Vaccination in the Punjab 1905-1918 - 1905-1918
Year: 1905
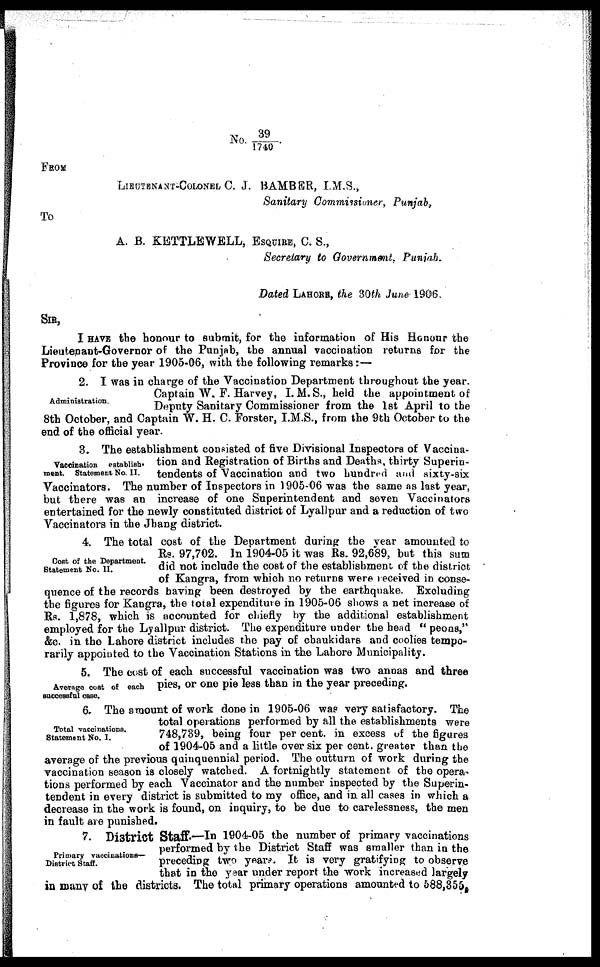
No. 39/1740.
FROM
LIEUTENANT-COLONEL C. J. BAMBER, I.M.S.,
Sanitary Commissioner, Punjab,
To
A. B. KETTLEWELL, ESQUIRE, C. S.,
Secretary to Government, Punjab.
Dated LAHORE, the 30th June 1906.
SIR,
I HAVE the honour to submit, for the information of His Honour the
Lieutenant-Governor of the Punjab, the annual vaccination returns for the
Province for the year 1905-06, with the following remarks:—
Administration.
2. I was in charge of the Vaccination Department throughout the year.
Captain W. F. Harvey, I. M. S., held the appointment of
Deputy Sanitary Commissioner from the 1st April to the
8th October, and Captain W. H. C. Forster, I.M.S., from the 9th October to the
end of the official year.
Vaccination
establish-
ment. Statement No. II.
3. The establishment consisted of five Divisional Inspectors of Vaccina-
tion and Registration of Births and Deaths, thirty Superin-
tendents of "Vaccination and two hundred and sixty-six
Vaccinators. The number of Inspectors in 1905-06 was the same as last year,
but there was an increase of one Superintendent and seven Vaccinators
entertained for the newly constituted district of Lyallpur and a reduction of two
Vaccinators in the Jhang district.
Cost of the Department.
Statement No. II.
4. The total cost of the Department during the year amounted to
Rs. 97,702. In 1904-05 it was Rs. 92,689, but this sum
did not include the cost of the establishment of the district
of Kangra, from which no returns were received in conse-
quence of the records having been destroyed by the earthquake. Excluding
the figures for Kangra, the total expenditure in 1905-06 shows a net increase of
Rs. 1,878, which is accounted for chiefly by the additional establishment
employed for the Lyallpur district. The expenditure under the head " peons,"
&c. in the Lahore district includes the pay of chaukidars and coolies tempo-
rarily appointed to the Vaccination Stations in the Lahore Municipality.
Average cost of each
Successful case.
5. The cost of each successful vaccination was two annas and three
pies, or one pie less than in the year preceding.
Total vaccinations.
Statement No. I.
6. The amount of work done in 1905-06 was very satisfactory. The
total operations performed by all the establishments were
748,739, being four per cent. in excess of the figures
of 1904-05 and a little over six per cent. greater than the
average of the previous quinquennial period. The outturn of work during the
vaccination season is closely watched. A fortnightly statement of the opera-
tions performed by each Vaccinator and the number inspected by the Superin-
tendent in every district is submitted to my office, and in all cases in which a
decrease in the work is found, on inquiry, to be due to carelessness, the men
in fault are punished.
Primary vaccinations—
District Staff.
7. District Staff—In 1904-05 the number of primary vaccinations
performed by the District Staff was smaller than in the
preceding two years. It is very gratifying to observe
that in the year under report the work increased largely
in many of the districts. The total primary operations amounted to 588,355.